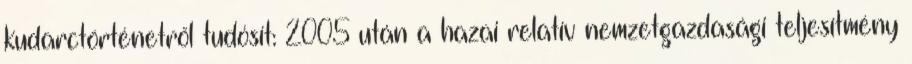
kudarctörténetről tudósít: 2005 után a hazai relatív nemzetgazdasági teljesítmény